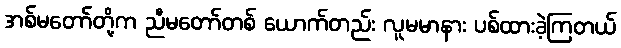
အစ်မတော်တို့က ညီမတော်တစ် ယောက်တည်း လူမမာနား ပစ်ထားခဲ့ကြတယ်